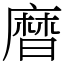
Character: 𪎗